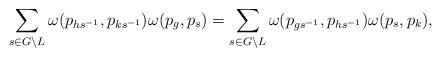
LaTeX: \begin{align*}\sum_{s\in G\setminus L} \omega (p_{hs^{-1}}, p_{ks^{-1}}) \omega (p_{g}, p_s ) =\sum_{s\in G\setminus L} \omega (p_{gs^{-1}}, p_{hs^{-1}}) \omega (p_s , p_k ),\end{align*}